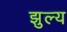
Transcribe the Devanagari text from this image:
झुल्य